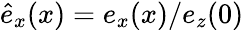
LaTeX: {\hat{e}_{x}(x)=e_{x}(x)/e_{z}(0)}